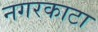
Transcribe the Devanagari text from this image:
नगरकाटा